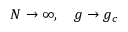
N \to \infty , \quad g \to g _ { c }